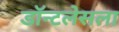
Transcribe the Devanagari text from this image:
डॉन्टलेसला